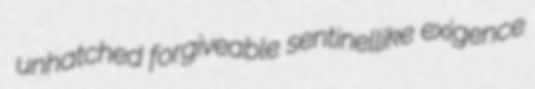
unhatched forgiveable sentinellike exigence